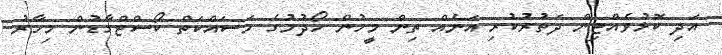
އަދި ކޮޅުވެއްޓިން ދަތުރުކުރި އަނެއް ތިން މީހުން ހޯދުމުގެ މަސައްކަތް ކޯސްޓްގާޑުން މިހާރު